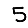
Digit: 5